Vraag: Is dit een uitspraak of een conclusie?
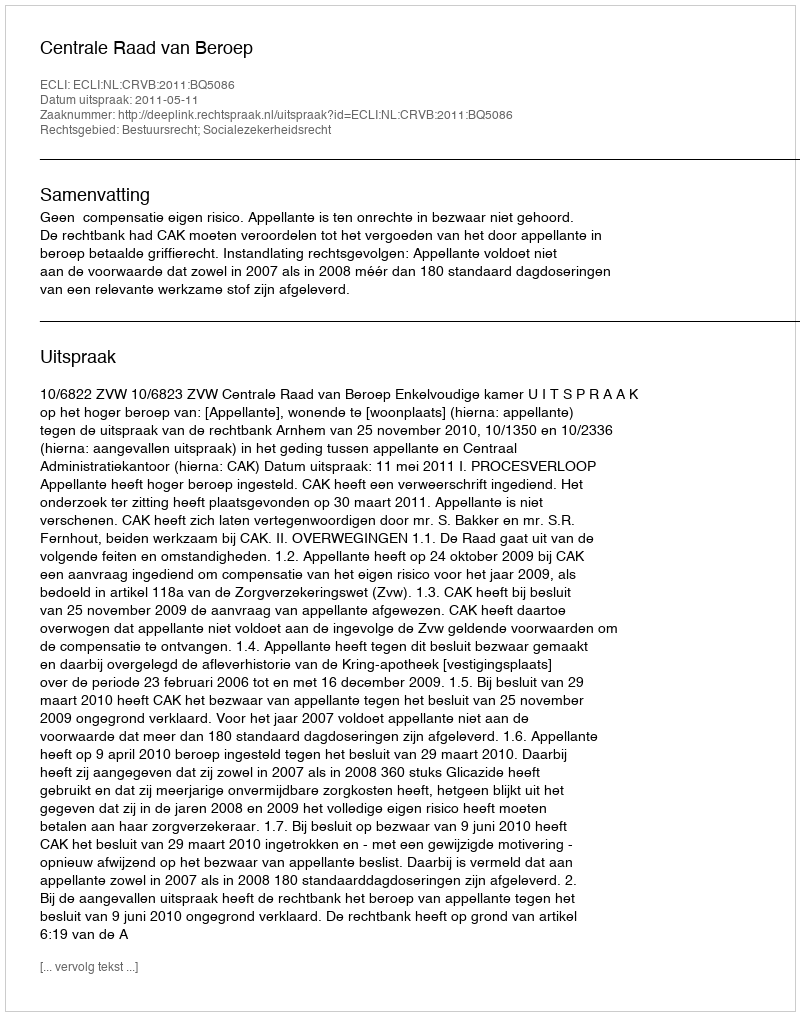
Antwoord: Uitspraak